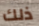
ذلك